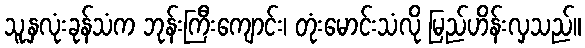
သူ့နှလုံးခုန်သံက ဘုန်းကြီးကျောင်း၊ တုံးမောင်းသံလို မြည်ဟိန်းလှသည်။